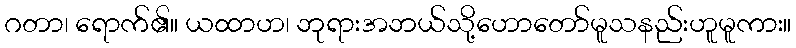
ဂတာ၊ ရောက်၏။ ယထာဟ၊ ဘုရားအဘယ်သို့ဟောတော်မူသနည်းဟူမူကား။